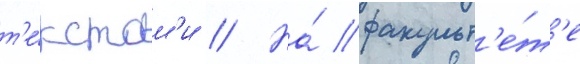
т'е́кстам'и // На́ факульт'е́т'е